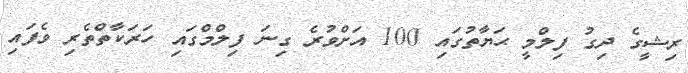
ރިޝީގެ ދިގު ފިލްމީ ޙަޔާތުގައި 100 އަށްވުރެ ގިނަ ފިލްމްގައި ހަރަކާތްތެރި ވެފައި